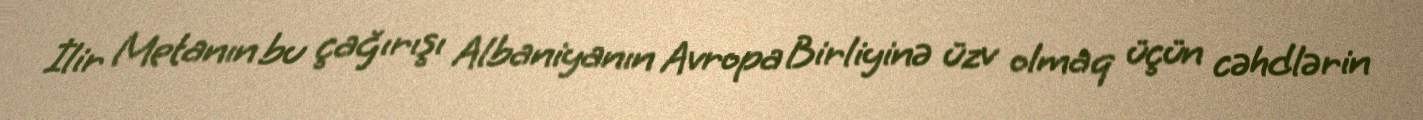
İlir Metanın bu çağırışı Albaniyanın Avropa Birliyinə üzv olmaq üçün cəhdlərin